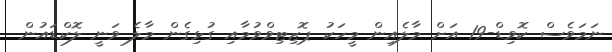
ނަމަވެސް ކޮވިޑް-19 އަށް މާލެއިން މީހަކު ޕޮޒިޓިވްވުމާއި ގުޅިގެން މާލެ ވަނީ ލޮކްޑައުން